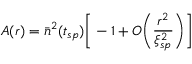
A ( r ) = { \bar { n } } ^ { 2 } ( t _ { s p } ) \bigg [ - 1 + O \bigg ( \frac { r ^ { 2 } } { \xi _ { s p } ^ { 2 } } \bigg ) \bigg ]